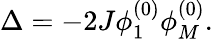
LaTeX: \Delta=-2J\phi_{1}^{(0)}\phi_{M}^{(0)}.